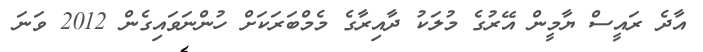
އާދެ ރައީސް ޔާމީން އޭރުގެ މުލަކު ދާއިރާގެ މެމްބަރަކަށް ހުންނަވައިގެން 2012 ވަނަ